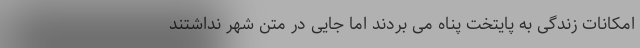
امکانات زندگی به پایتخت پناه می بردند اما جایی در متن شهر نداشتند